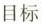
目标